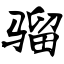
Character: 骝